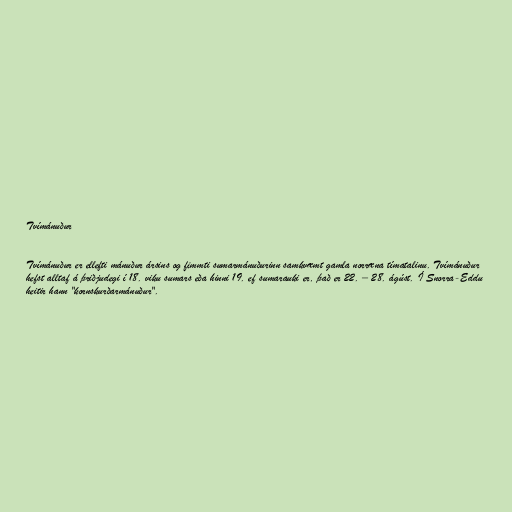
Tvímánuður

Tvímánuður er ellefti mánuður ársins og fimmti sumarmánuðurinn samkvæmt gamla norræna tímatalinu. Tvímánuður
hefst alltaf á þriðjudegi í 18. viku sumars eða hinni 19. ef sumarauki er, það er 22. – 28. ágúst. Í Snorra-Eddu
heitir hann "kornskurðarmánuður".